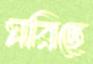
মরিছে